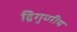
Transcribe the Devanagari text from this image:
द्विगुणीय